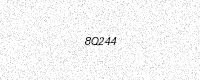
Text: 8Q244